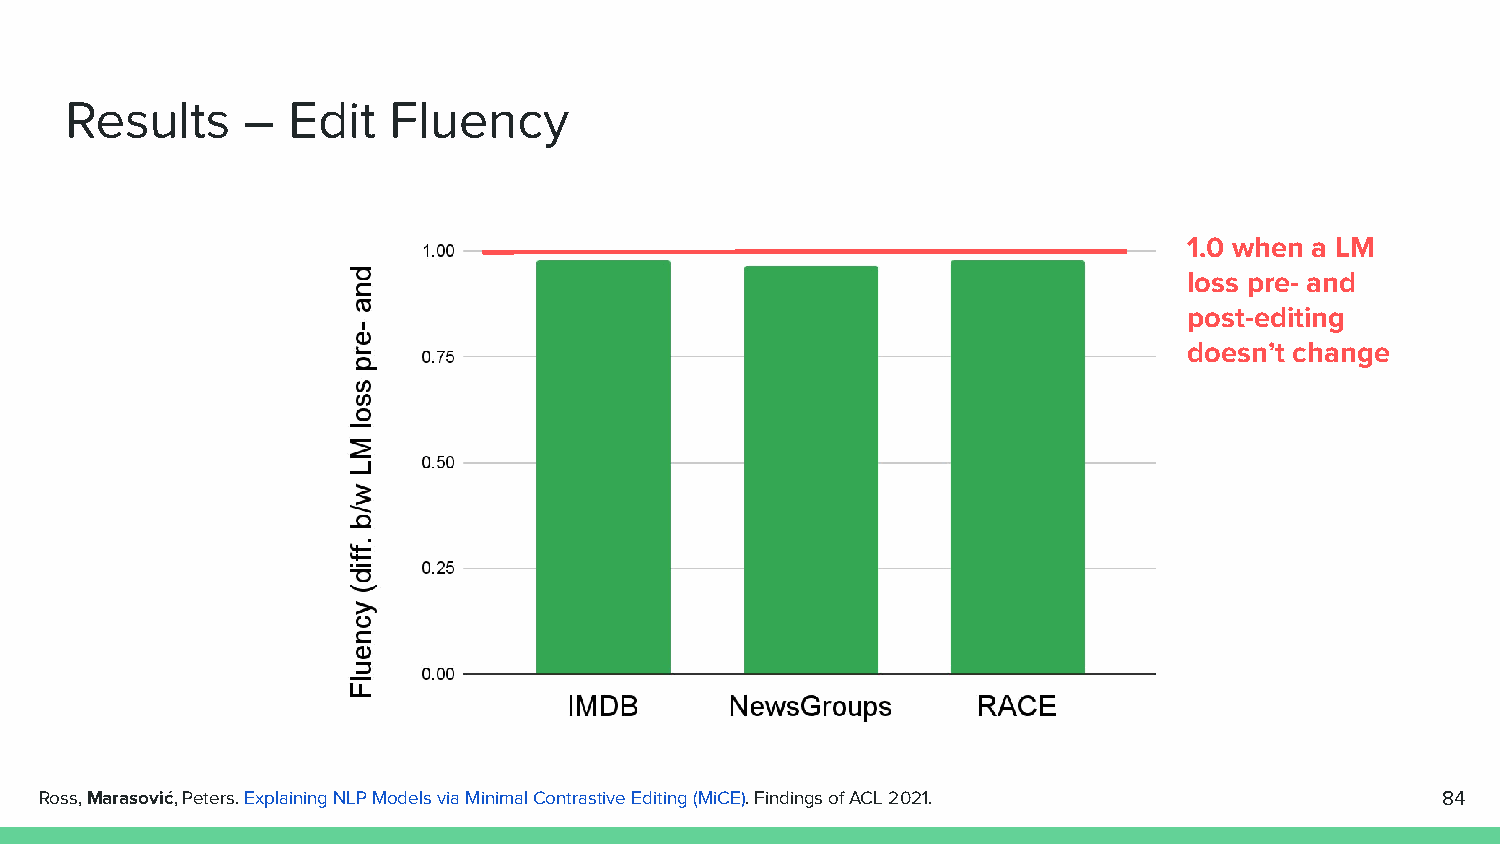
Results     –  Edit   Fluency
 1.0 when a LM
 loss pre- and
 post-editing
 doesn’t change
 Ross, Marasović, Peters. Explaining NLP Models via Minimal Contrastive Editing (MiCE). Findings of ACL 2021. 84